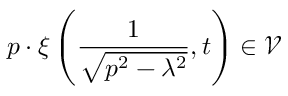
p \cdot \xi \left( \frac { 1 } { \sqrt { p ^ { 2 } - \lambda ^ { 2 } } } , t \right) \in \mathcal { V }